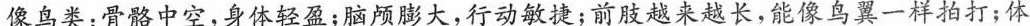
像鸟类：骨骼中空，身体轻盈；脑颅膨大，行动敏捷；前肢越来越长，能像鸟翼一样拍打；体